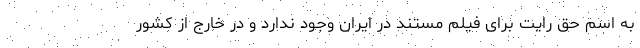
به اسم حق رایت برای فیلم مستند در ایران وجود ندارد و در خارج از کشور